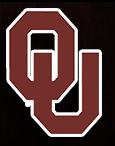
OU